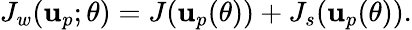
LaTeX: J_{w}(\mathbf{u}_{p};\theta)=J(\mathbf{u}_{p}(\theta))+J_{s}(\mathbf{u}_{p}(\theta)).